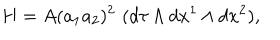
H = A ( a _ { 1 } a _ { 2 } ) ^ { 2 } \, \, ( d \tau \wedge d x ^ { 1 } \wedge d x ^ { 2 } ) ,